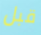
قبل